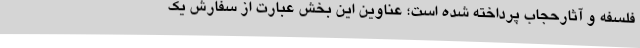
فلسفه و آثارحجاب پرداخته شده است؛ عناوین این بخش عبارت از سفارش یک